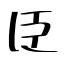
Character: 臣